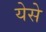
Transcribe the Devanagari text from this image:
येसे